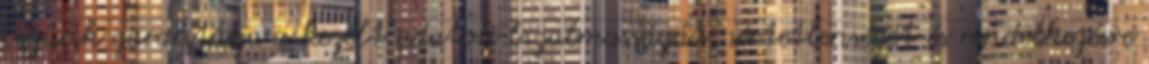
cégünk garantálja a kezelt adatok bizalmasságát, sértetlenségét és rendelkezésre